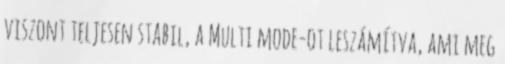
viszont teljesen stabil, a Multi mode-ot leszámítva, ami meg